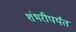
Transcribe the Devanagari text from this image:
शंभरीपर्यंत